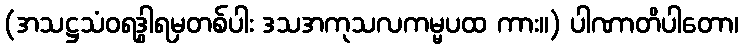
(အသဋ္ဌသံဝရဒွါရမှတစ်ပါး ဒသအကုသလကမ္မပထ ကား။) ပါဏာတိပါတော၊